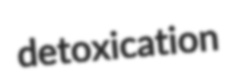
detoxication